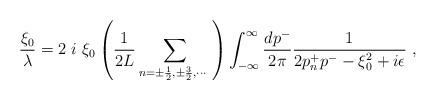
LaTeX: \begin{align*}{ \xi_0 \over \lambda } = 2~ i~ \xi_0 \left( {1 \over 2 L } \sum_{n= \pm \frac{1}{2}, \pm \frac{3}{2}, \cdots ~} \right) \int_{- \infty} ^{\infty} { d p^- \over 2 \pi } {1 \over 2 p^+ _n p^- - \xi_0 ^2 + i \epsilon } ~, \end{align*}